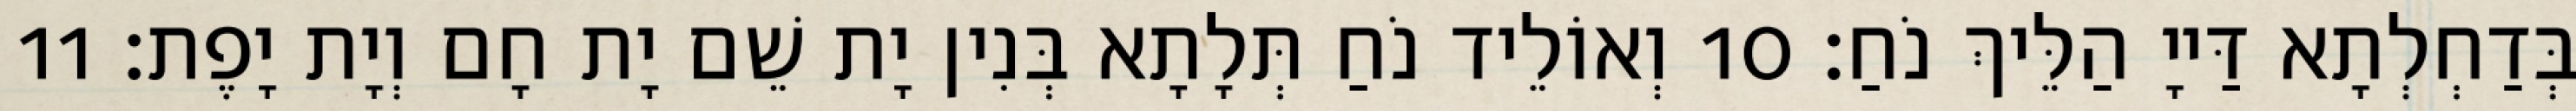
בְּדַחְלְתָא דַּייָ הַלֵּיךְ נֹחַ׃ 10 וְאוֹלֵיד נֹחַ תְּלָתָא בְּנִין יָת שֵׁם יָת חָם וְיָת יָפֶת׃ 11